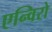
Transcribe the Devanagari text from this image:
एन्विरो